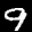
Label: 9